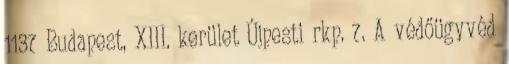
1137 Budapest, XIII. kerület Újpesti rkp. 7. A védőügyvéd